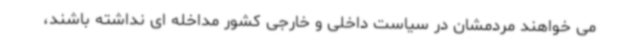
می خواهند مردمشان در سیاست داخلی و خارجی کشور مداخله ای نداشته باشند،